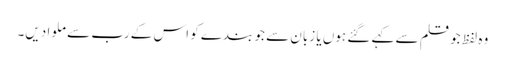
وہ لفظ جو قلم سے کہے گئے ہوں یا زبان سے جو بندے کو اس کے رب سے ملوا دیں۔